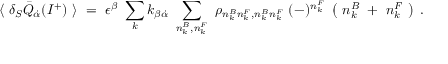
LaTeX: \langle ~ \delta _ { S } { \bar { Q } } _ { \dot { \alpha } } ( { \cal I } ^ { + } ) ~ \rangle ~ = ~ \epsilon ^ { \beta } ~ \sum _ { k } k _ { \beta { \dot { \alpha } } } ~ \sum _ { n _ { k } ^ { B } , n _ { k } ^ { F } } ~ \rho _ { n _ { k } ^ { B } n _ { k } ^ { F } , n _ { k } ^ { B } n _ { k } ^ { F } } ~ ( - ) ^ { n _ { k } ^ { F } } ~ \left( ~ n _ { k } ^ { B } ~ + ~ n _ { k } ^ { F } ~ \right) ~ .